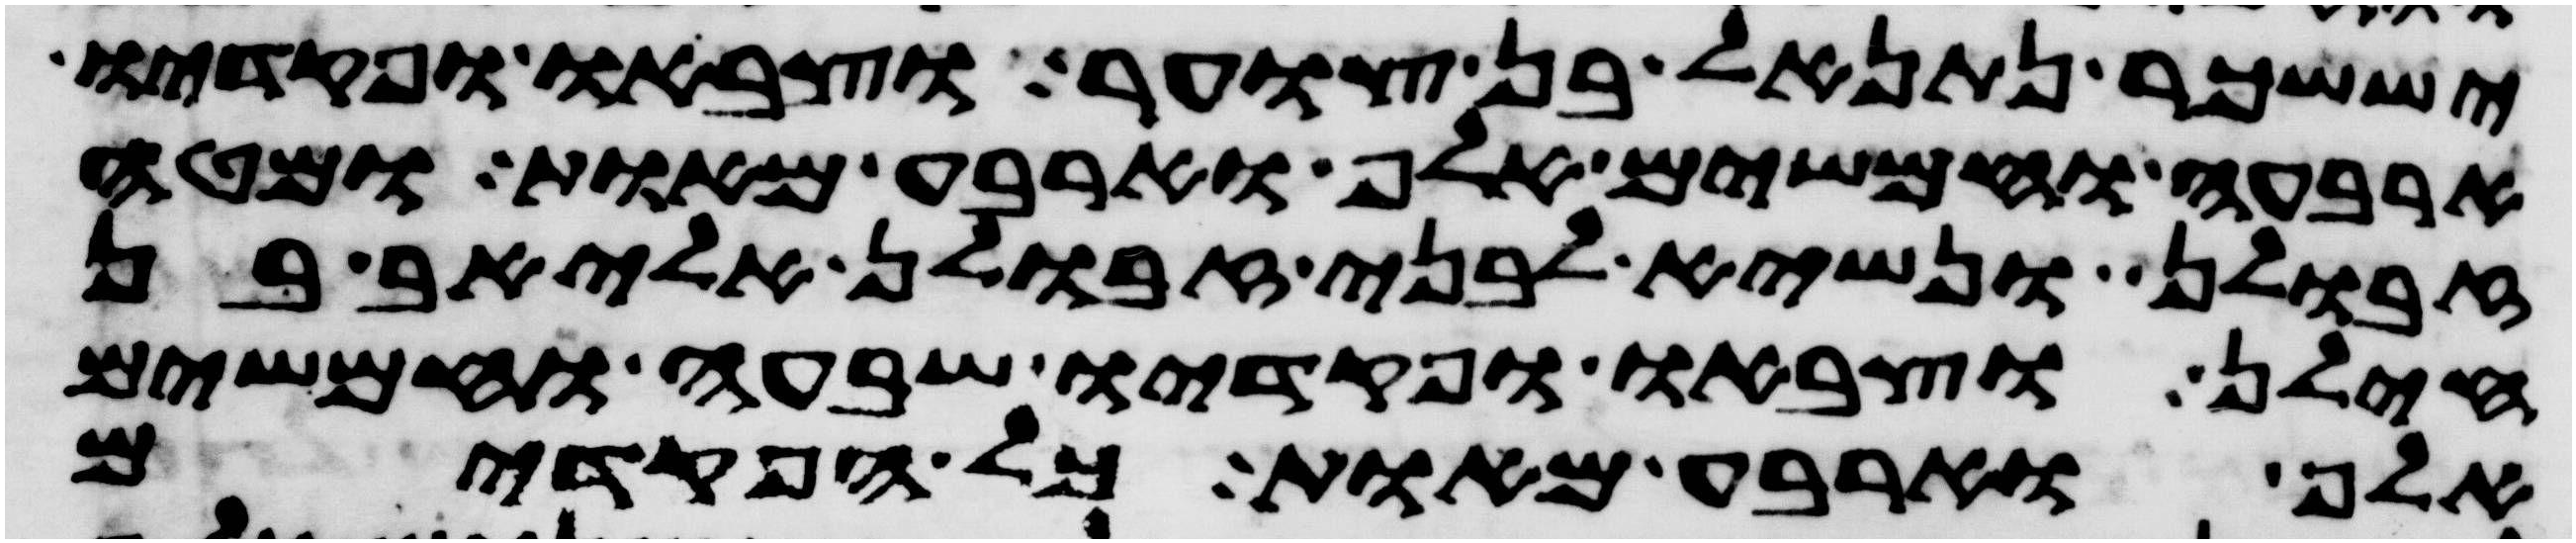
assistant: יששכר נתנאל בן צוער וצבאו ופקדיו
ארבעה וחמשים אלף וארבע מאות ומטה
זבולן ונשיא לבני זבולן אליאב בן
חילן וצבאו ופקדיו שבעה וחמשים
אלף וארבע מאות כל הפקדים